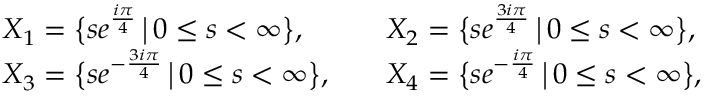
\begin{array} { r l r l } & { X _ { 1 } = \bigl \{ s e ^ { \frac { i \pi } { 4 } } \, \big | \, 0 \leq s < \infty \bigr \} , } & & { X _ { 2 } = \bigl \{ s e ^ { \frac { 3 i \pi } { 4 } } \, \big | \, 0 \leq s < \infty \bigr \} , } \\ & { X _ { 3 } = \bigl \{ s e ^ { - \frac { 3 i \pi } { 4 } } \, \big | \, 0 \leq s < \infty \bigr \} , } & & { X _ { 4 } = \bigl \{ s e ^ { - \frac { i \pi } { 4 } } \, \big | \, 0 \leq s < \infty \bigr \} , } \end{array}